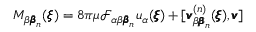
M _ { \beta { \pmb \beta } _ { n } } ( { \pmb \xi } ) = 8 \pi \mu \mathcal { F } _ { \alpha \beta { \pmb \beta } _ { n } } u _ { \alpha } ( { \pmb \xi } ) + [ { \pmb v } _ { \beta { \pmb \beta } _ { n } } ^ { ( n ) } ( { \pmb \xi } ) , { \pmb v } ]